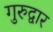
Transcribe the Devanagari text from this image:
गुरुद्वार